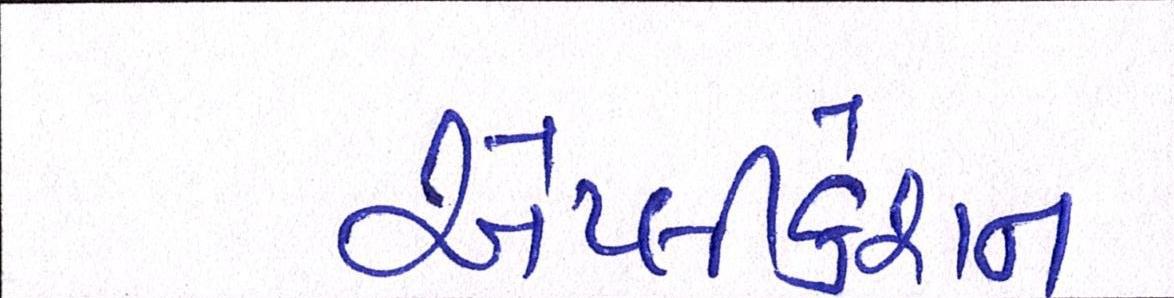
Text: એપ્લીકેશન